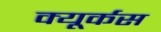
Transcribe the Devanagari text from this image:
क्यूर्कस